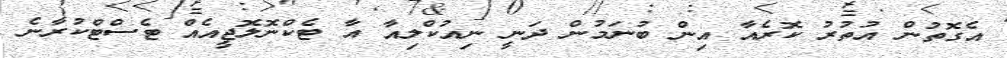
އެގޮތުން އުތުރު ކޮރެއާ އިން ބުނަމުން ދަނީ ނިއުކްލިއާ އާ ޓެކްނޮލޮޖީއެއް ޓެސްޓްކުރާނެ